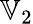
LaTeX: \mathbb{V}_{2}